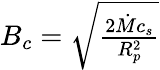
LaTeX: \begin{array}{r}{B_{c}=\sqrt{\frac{2\dot{M}c_{s}}{R_{p}^{2}}}}\end{array}